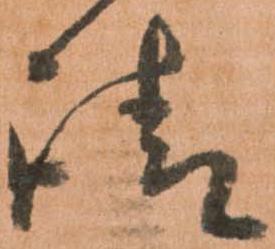
請